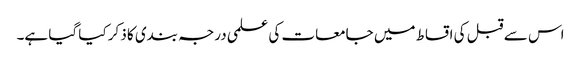
اس سے قبل کی اقساط میں جامعات کی علمی درجہ بندی کا ذکر کیا گیا ہے۔